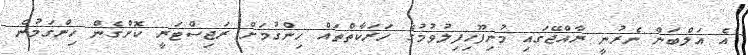
އެ އަލްބަން ނެރުނީ ރާއްޖޭގައި މުނިފޫހިފިލުވުމުގެ ހަރަކާތްތައް ހިންގުމަށް ރަޖިސްޓަރީ ކޮށްގެން ހިންގަމުން